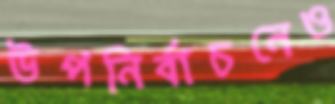
উপনির্বাচনেও